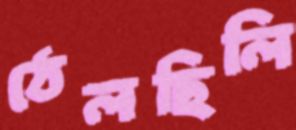
ঠেলছিলি